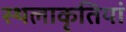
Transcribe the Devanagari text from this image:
स्थलाकृतियां